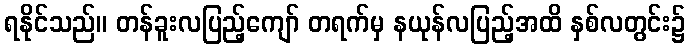
ရနိုင်သည်။ တန်ခူးလပြည့်ကျော် တရက်မှ နယုန်လပြည့်အထိ နှစ်လတွင်း၌